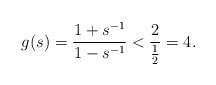
\begin{align*}g(s)= \frac{1 + s^{-1}}{1 - s^{-1}}< \frac{2}{\frac{1}{2}}= 4.\end{align*}